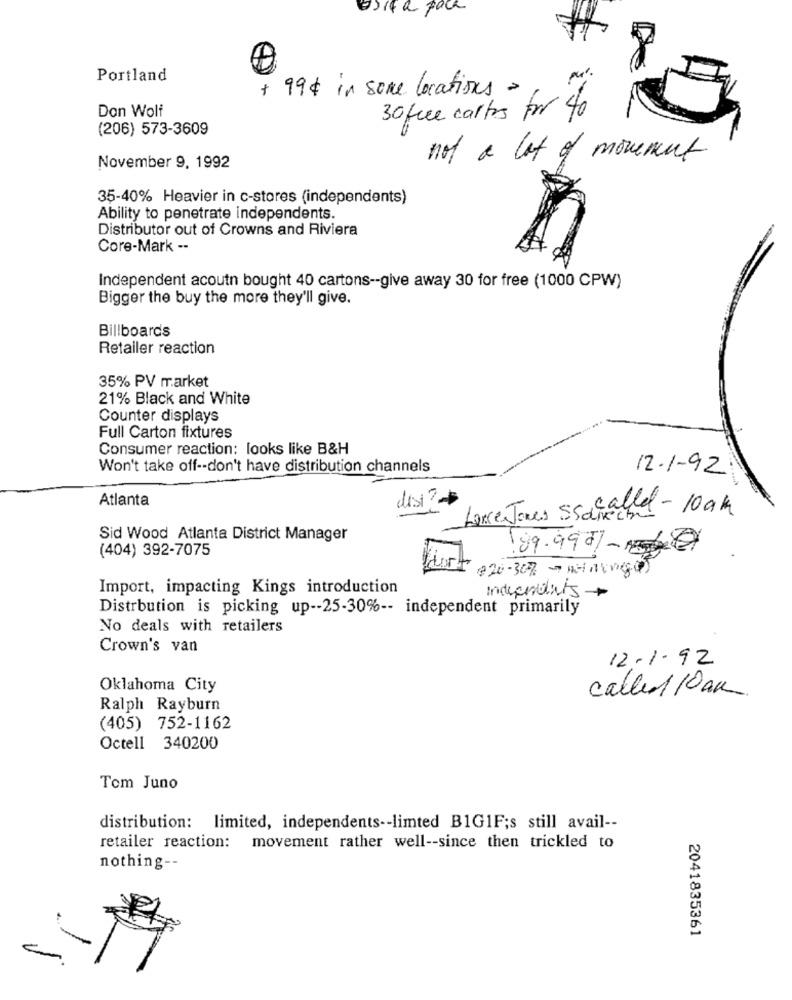
a)if a pack
Portland
+ 99$ in some locations
Dan Wolf
30 fue carlos for 40
(206) 573-3609
not a lot of movement
November 9, 1992
35-40% Heavier in c-stores (independents)
Ability to penetrate independents.
Distributor out of Crowns and Riviera
Core-Mark --
Independent acoutn bought 40 cartons -- give away 30 for free (1000 CPW)
Bigger the buy the more they'll give.
Billboards
Retailer reaction
35% PV market
21% Black and White
Counter displays
Full Carton fixtures
Consumer reaction: looks like B&H
Won't take off -- don't have distribution channels
12-1-92
Atlanta
disi ?
Lance Jones ssakachel - 10 am
Sid Wood Atlanta District Manager
(404) 392-7075
89.990%
$20-307 -wing
Import, impacting Kings introduction
independits+
Distribution is picking up -- 25-30% -- independent primarily
No deals with retailers
Crown's van
12.1.92
Oklahoma City
called 10am
Ralph Rayburn
(405) 752-1162
Octell 340200
Tom Juno
distribution: limited, independents -- limted B1G1F;s still avail --
retailer reaction: I
movement rather well -- since then trickled to
nothing --
2041835361